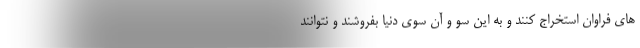
های فراوان استخراج کنند و به این سو و آن سوی دنیا بفروشند و نتوانند